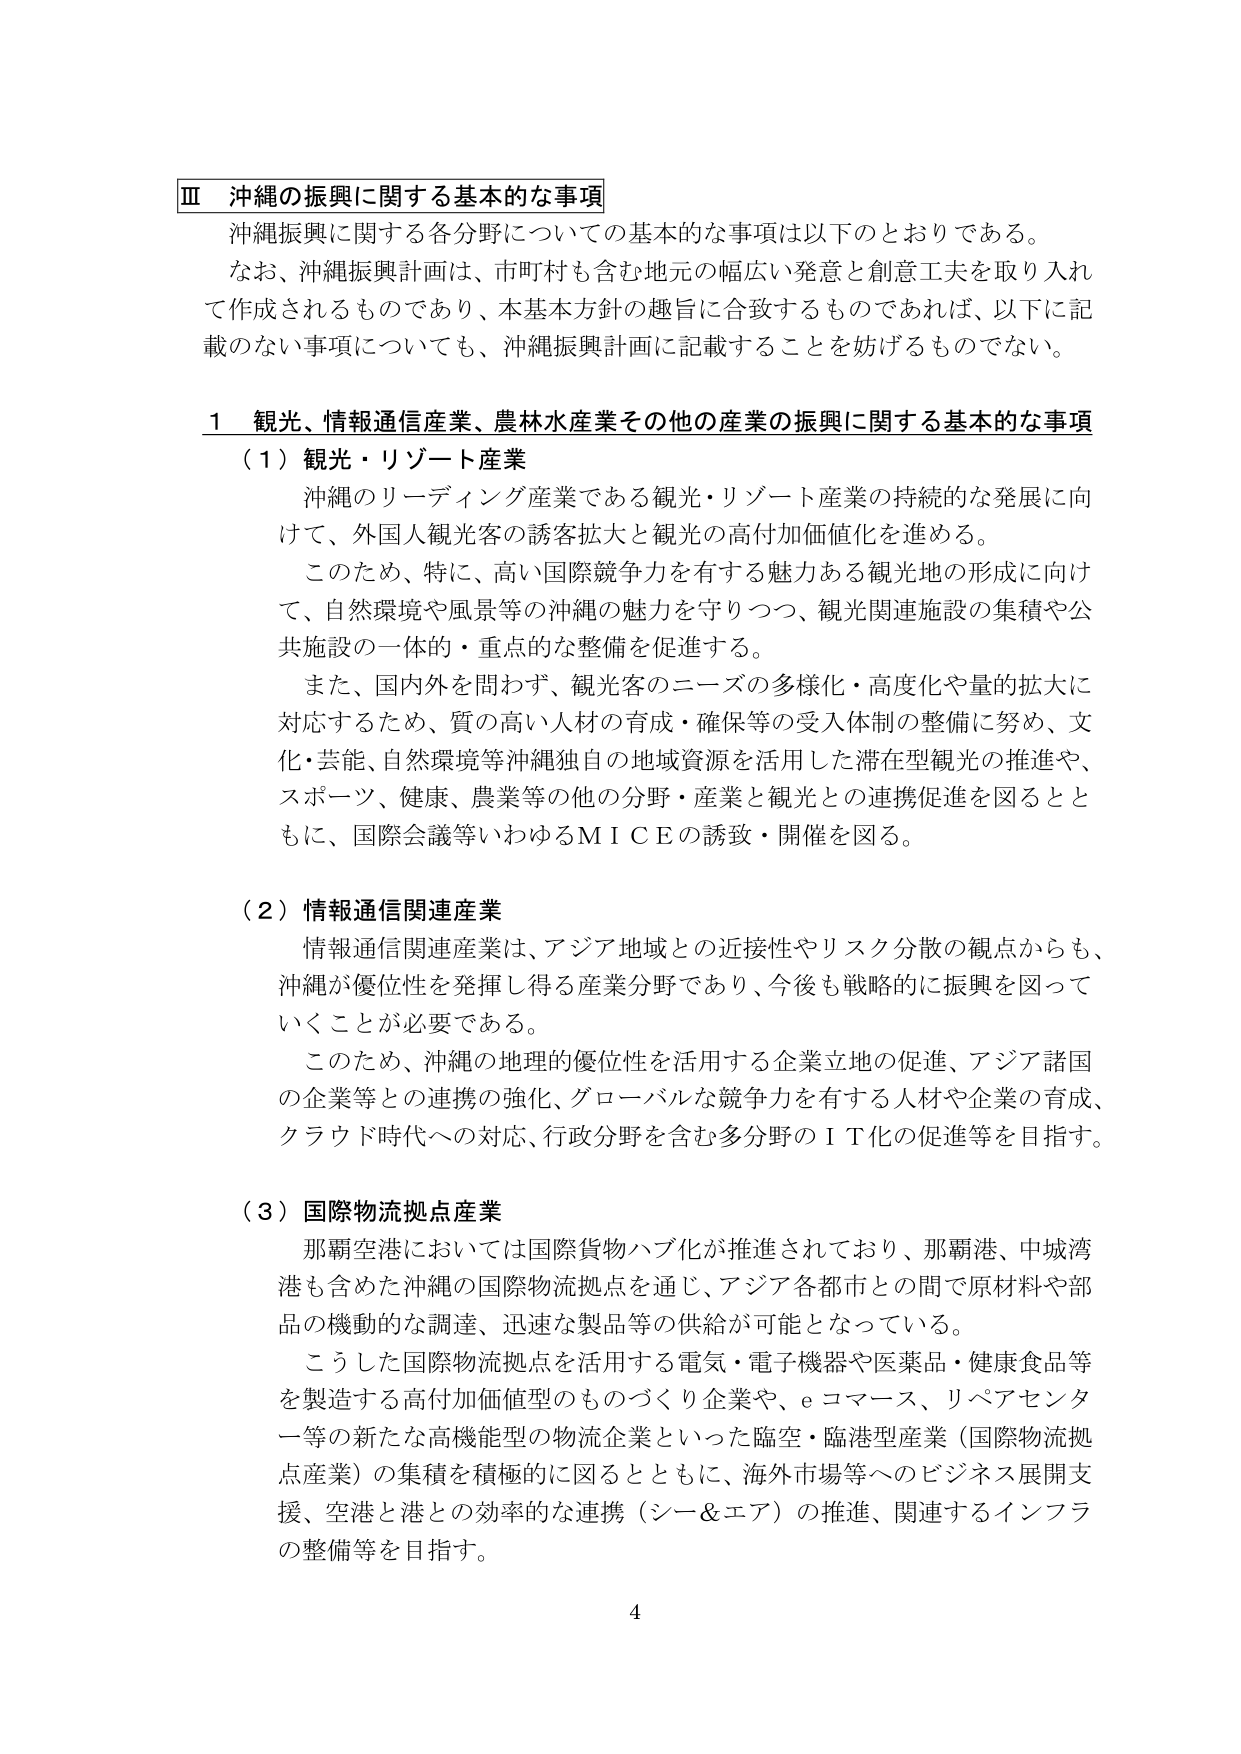
Ⅲ 沖縄の振興に関する基本的な事項
沖縄振興に関する各分野についての基本的な事項は以下のとおりである。
なお、沖縄振興計画は、市町村も含む地元の幅広い発意と創意工夫を取り入れて作成されるものであり、本基本方針の趣旨に合致するものであれば、以下に記載のない事項についても、沖縄振興計画に記載することを妨げるものでない。

1 観光、情報通信産業、農林水産業その他の産業の振興に関する基本的な事項
（1）観光・リゾート産業
沖縄のリーディング産業である観光・リゾート産業の持続的な発展に向けて、外国人観光客の誘客拡大と観光の高付加価値化を進める。
このため、特に、高い国際競争力を有する魅力ある観光地の形成に向けて、自然環境や風景等の沖縄の魅力を守りつつ、観光関連施設の集積や公共施設の一体的・重点的な整備を促進する。
また、国内外を問わず、観光客のニーズの多様化・高度化や量的拡大に対応するため、質の高い人材の育成・確保等の受入体制の整備に努め、文化・芸能、自然環境等沖縄独自の地域資源を活用した滞在型観光の推進や、スポーツ、健康、農業等の他の分野・産業と観光との連携促進を図るとともに、国際会議等いわゆるＭＩＣＥの誘致・開催を図る。

（2）情報通信関連産業
情報通信関連産業は、アジア地域との近接性やリスク分散の観点からも、沖縄が優位性を発揮し得る産業分野であり、今後も戦略的に振興を図っていくことが必要である。
このため、沖縄の地理的優位性を活用する企業立地の促進、アジア諸国の企業等との連携の強化、グローバルな競争力を有する人材や企業の育成、クラウド時代への対応、行政分野を含む多分野のＩＴ化の促進等を目指す。

（3）国際物流拠点産業
那覇空港においては国際貨物ハブ化が推進されており、那覇港、中城湾港も含めた沖縄の国際物流拠点を通じ、アジア各都市との間で原材料や部品の機動的な調達、迅速な製品等の供給が可能となっている。
こうした国際物流拠点を活用する電気・電子機器や医薬品・健康食品等を製造する高付加価値型のものづくり企業や、ｅコマース、リペアセンター等の新たな高機能型の物流企業といった臨空・臨港型産業（国際物流拠点産業）の集積を積極的に図るとともに、海外市場等へのビジネス展開支援、空港と港との効率的な連携（シー＆エア）の推進、関連するインフラの整備等を目指す。

4